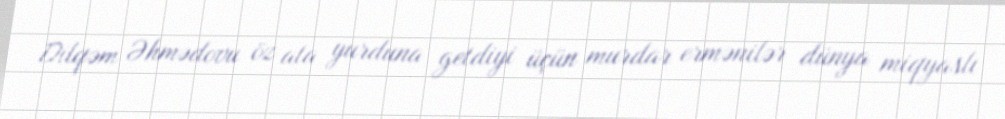
Dilqəm Əhmədovu öz ata yurduna getdiyi üçün murdar ermənilər dünya miqyaslı